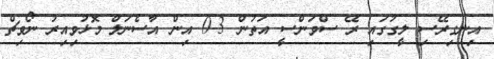
އިނގިރޭސި ލީގުގައި ރޭ ސްވަންސީ އަތުން 3-0 އިން އާސެނަލް މޮޅުވިއިރު ނޯވިޗް